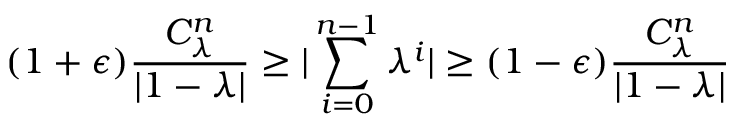
( 1 + \epsilon ) \frac { C _ { \lambda } ^ { n } } { | 1 - \lambda | } \ge | \sum _ { i = 0 } ^ { n - 1 } \lambda ^ { i } | \ge ( 1 - \epsilon ) \frac { C _ { \lambda } ^ { n } } { | 1 - \lambda | }